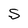
Character: s